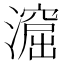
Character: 㵠